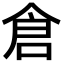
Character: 倉